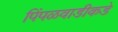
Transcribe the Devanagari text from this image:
पिंपळवाडीकडे